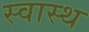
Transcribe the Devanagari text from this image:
स्‍वास्थ